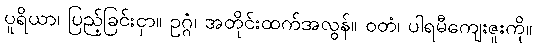
ပူရိယာ၊ ပြည့်ခြင်းငှာ။ ဥဂ္ဂံ၊ အတိုင်းထက်အလွန်။ ဝတံ၊ ပါရမီကျေးဇူးကို။